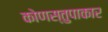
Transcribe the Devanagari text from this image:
कोणस्तुपाकार